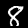
Digit: 8